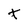
Character: t